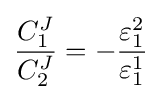
{\frac {C_{1}^{J}}{C_{2}^{J}}}=-{\frac {\varepsilon _{1}^{2}}{\varepsilon _{1}^{1}}}